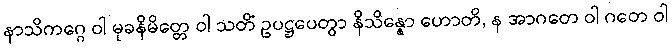
နာသိကဂ္ဂေ ဝါ မုခနိမိတ္တေ ဝါ သတိံ ဥပဋ္ဌပေတွာ နိသိန္နော ဟောတိ, န အာဂတေ ဝါ ဂတေ ဝါ